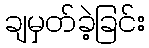
ချမှတ်ခဲ့ခြင်း